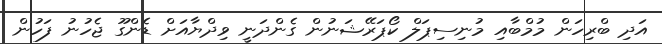
އަދި ބްރިހަން މުމްބާއި މުނިސިޕަލް ކޯޕަރޭޝަނުން ގެންދަނީ ވިދްޔާއަށް ޑެންގޫ ޖެހުނު ފަހުން